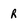
Character: R